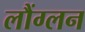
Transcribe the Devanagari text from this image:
लौंग्लन